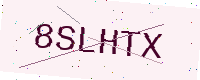
Text: 8SLHTX